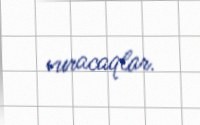
vuracaqlar.